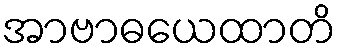
အာဗာဓယေထာတိ